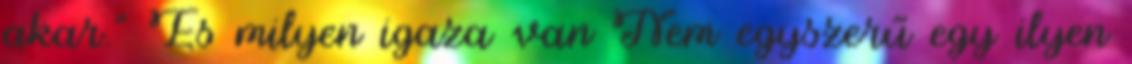
akar." És milyen igaza van Nem egyszerű egy ilyen